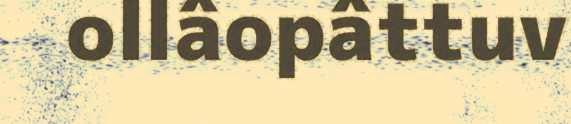
ollâopâttuv